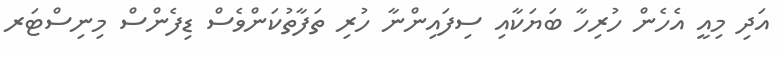
އަދި މިއީ އެހެން ހުރިހާ ބަޔަކާއި ސިފައިންނާ ހުރި ތަފާތުކަންވެސް ޑިފެންސް މިނިސްޓަރ